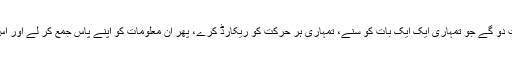
’کیا تم مجھے اپنے گھر میں ایک ایسا آلہ نصب کرنے کی اجازت دو گے جو تمہاری ایک ایک بات کو سنے، تمہاری ہر حرکت کو ریکارڈ کرے، پھر ان معلومات کو اپنے پاس جمع کر لے اور اس سے منافع کمائے مگر تمہیں اس آلے تک رسائی کبھی نہ دے؟